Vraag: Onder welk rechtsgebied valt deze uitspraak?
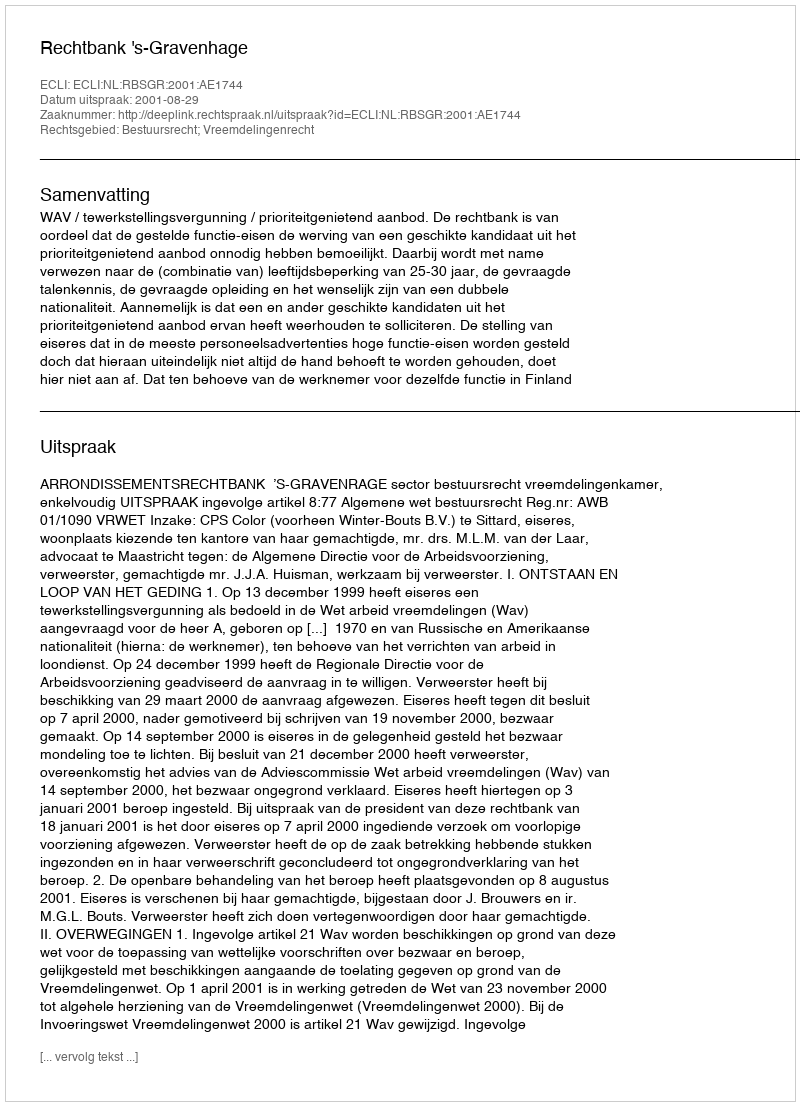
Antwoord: Bestuursrecht; Vreemdelingenrecht